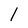
Character: l